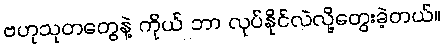
ဗဟုသုတတွေနဲ့ ကိုယ် ဘာ လုပ်နိုင်လဲလို့တွေးခဲ့တယ်။